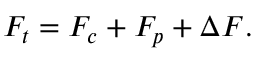
F _ { t } = F _ { c } + F _ { p } + \Delta F .